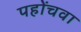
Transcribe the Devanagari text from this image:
पहोंचवा